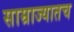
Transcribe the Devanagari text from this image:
साम्राज्यातच